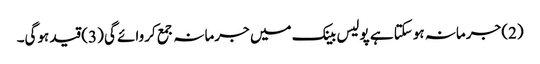
(2) جرمانہ ہوسکتا ہے پولیس بینک میں جرمانہ جمع کروائے گی (3) قید ہوگی۔